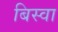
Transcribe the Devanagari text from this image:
बिस्‍वा